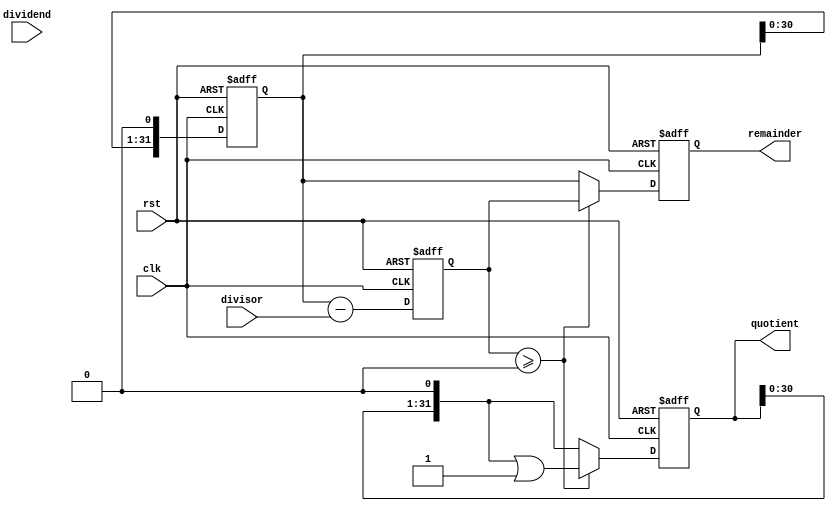
module shift_subtract_divider (
    input wire clk,
    input wire rst,
    input wire [31:0] dividend,
    input wire [31:0] divisor,
    output reg [31:0] quotient,
    output reg [31:0] remainder
);

reg [31:0] shifted_dividend;
reg [31:0] current_remainder;

always @(posedge clk or posedge rst) begin
    if (rst) begin
        shifted_dividend <= 0;
        current_remainder <= 0;
        quotient <= 0;
        remainder <= 0;
    end else begin
        shifted_dividend <= {shifted_dividend[30:0], 1'b0};
        current_remainder <= shifted_dividend - divisor;
        
        if (current_remainder >= 0) begin
            quotient <= quotient << 1 | 1'b1;
            remainder <= current_remainder;
        end else begin
            quotient <= quotient << 1;
            remainder <= shifted_dividend;
        end
    end
end

endmodule